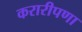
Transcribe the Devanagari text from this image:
करारीपणा